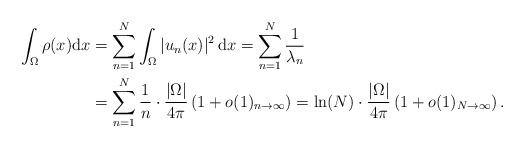
LaTeX: \begin{align*} \int_{\Omega}\rho(x) {\rm d} x &= \sum_{n=1}^N \int_{\Omega} |u_n(x)|^2 \, {\rm d} x = \sum_{n=1}^N \frac{1}{\lambda_n} \\&= \sum_{n=1}^N \frac{1}{n}\cdot \frac{|\Omega|}{4\pi} \left( 1 + o(1)_{n\to \infty} \right) = \ln(N) \cdot \frac{|\Omega|}{4\pi} \left( 1 + o(1)_{N\to \infty} \right). \end{align*}